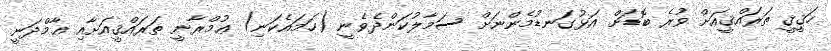
ހަޤީޤީ ތަރައްޤީއަށް ވުރެ ބޮޑަށް އަޅުގަނޑުމެންނަށް ސަމާލުކަންދެވެނީ (ހަމައެކަނި) ޢުމްރާނީ ތަރައްޤީއަށާއި ޢާމްދަނީ